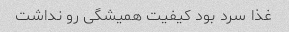
غذا سرد بود کیفیت همیشگی رو نداشت